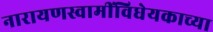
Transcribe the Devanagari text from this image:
नारायणस्वामींविधेयकाच्या